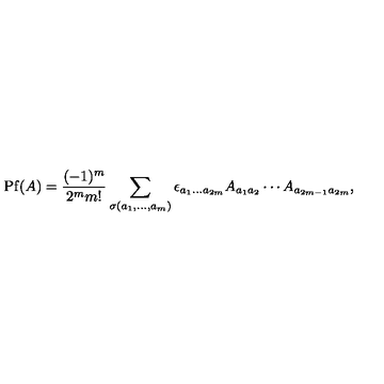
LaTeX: \mathrm { P f } ( A ) = \frac { ( - 1 ) ^ { m } } { 2 ^ { m } m ! } \sum _ { \sigma ( a _ { 1 } , \dots , a _ { m } ) } \epsilon _ { a _ { 1 } \dots a _ { 2 m } } A _ { a _ { 1 } a _ { 2 } } \cdots A _ { a _ { 2 m - 1 } a _ { 2 m } } ,